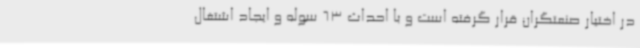
در اختیار صنعتگران قرار گرفته است و با احداث 63 سوله و ایجاد اشتغال